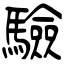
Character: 驗